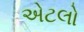
એટલો